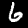
Label: 6